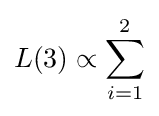
L(3)\propto \sum _{i=1}^{2}